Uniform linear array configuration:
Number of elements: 12
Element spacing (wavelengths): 0.75
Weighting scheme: binomial
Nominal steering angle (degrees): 15
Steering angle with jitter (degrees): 15.83
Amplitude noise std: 0.05
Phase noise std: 0.05

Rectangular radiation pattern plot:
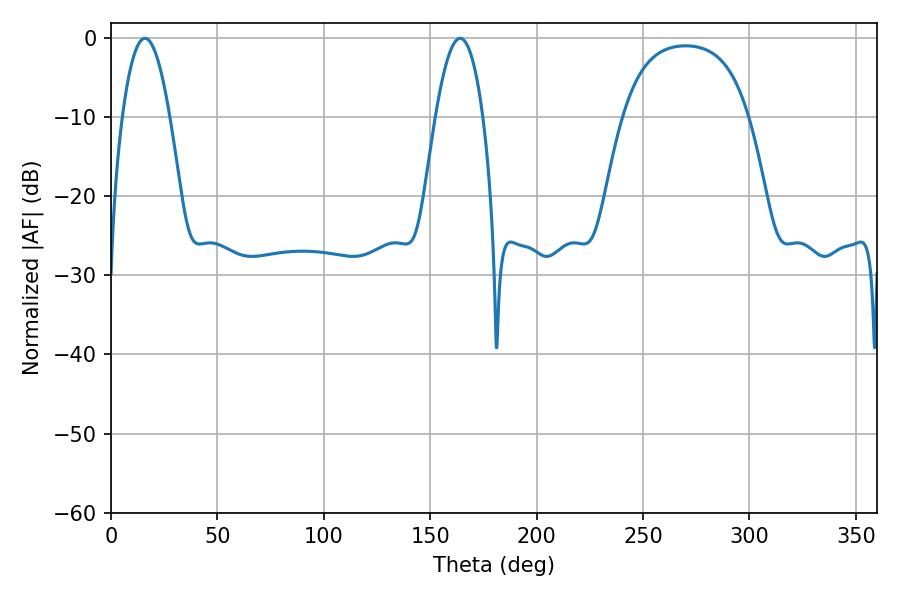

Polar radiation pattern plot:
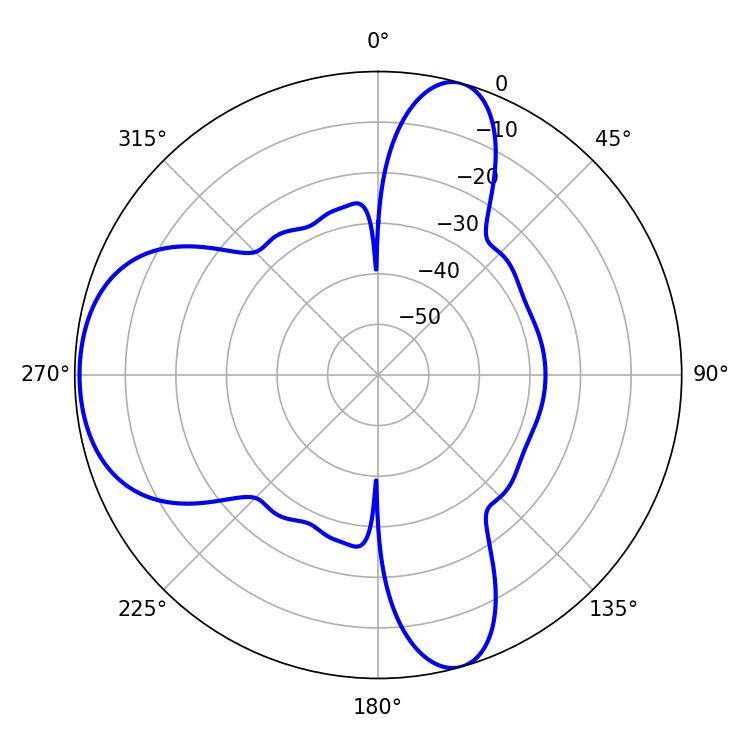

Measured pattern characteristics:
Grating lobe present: TRUE
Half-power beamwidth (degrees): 12.24
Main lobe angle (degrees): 16.02